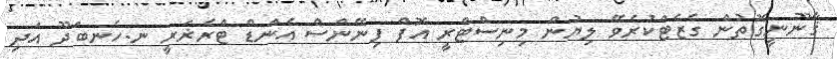
ޤާނޫނީގޮތުން ގެޒެޓްކުރެވޭ ލިޔުން މިނިސްޓްރީ އޮފް ފިނޭންސް އެންޑް ޓްރެޜަރީ ނ.ހެނބަދޫ އަދި